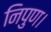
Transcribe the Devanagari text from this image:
निपुण।